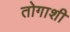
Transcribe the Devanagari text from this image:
तोगाशी